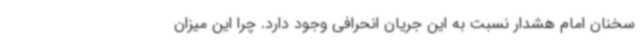
سخنان امام هشدار نسبت به این جریان انحرافی وجود دارد. چرا این میزان